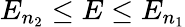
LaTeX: E_{n_{2}}\leq E\leq E_{n_{1}}